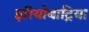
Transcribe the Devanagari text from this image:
इरियोबाट्रिया